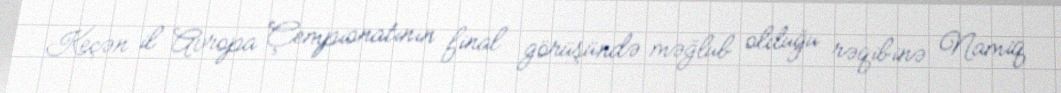
Keçən il Avropa Çempionatının final görüşündə məğlub olduğu rəqibinə Namiq